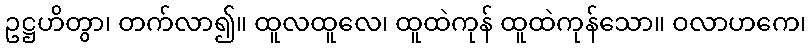
ဥဋ္ဌဟိတွာ၊ တက်လာ၍။ ထူလထူလေ၊ ထူထဲကုန် ထူထဲကုန်သော။ ဝလာဟကေ၊